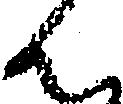
ん